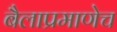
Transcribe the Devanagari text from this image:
बैलाप्रमाणेच